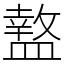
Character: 盩